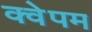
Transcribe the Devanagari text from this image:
क्वेपम